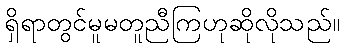
ရှိရာတွင်မူမတူညီကြဟုဆိုလိုသည်။